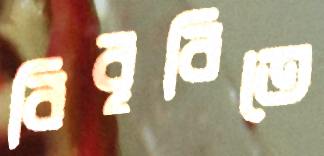
বিবৃবিতে